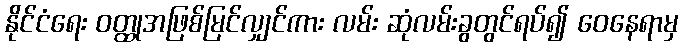
နိုင်ငံရေး ဝတ္ထုအဖြစ်မြင်လျှင်ကား လမ်း ဆုံလမ်းခွတွင်ရပ်၍ ဝေနေရာမှ